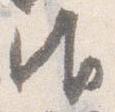
御